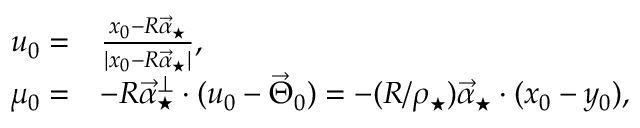
\begin{array} { r l } { u _ { 0 } = } & { \frac { x _ { 0 } - R \vec { \alpha } _ { \star } } { | x _ { 0 } - R \vec { \alpha } _ { \star } | } , } \\ { \mu _ { 0 } = } & { - R \vec { \alpha } _ { \star } ^ { \perp } \cdot ( u _ { 0 } - \vec { \Theta } _ { 0 } ) = - ( R / \rho _ { \star } ) \vec { \alpha } _ { \star } \cdot ( x _ { 0 } - y _ { 0 } ) , } \end{array}